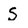
Character: S